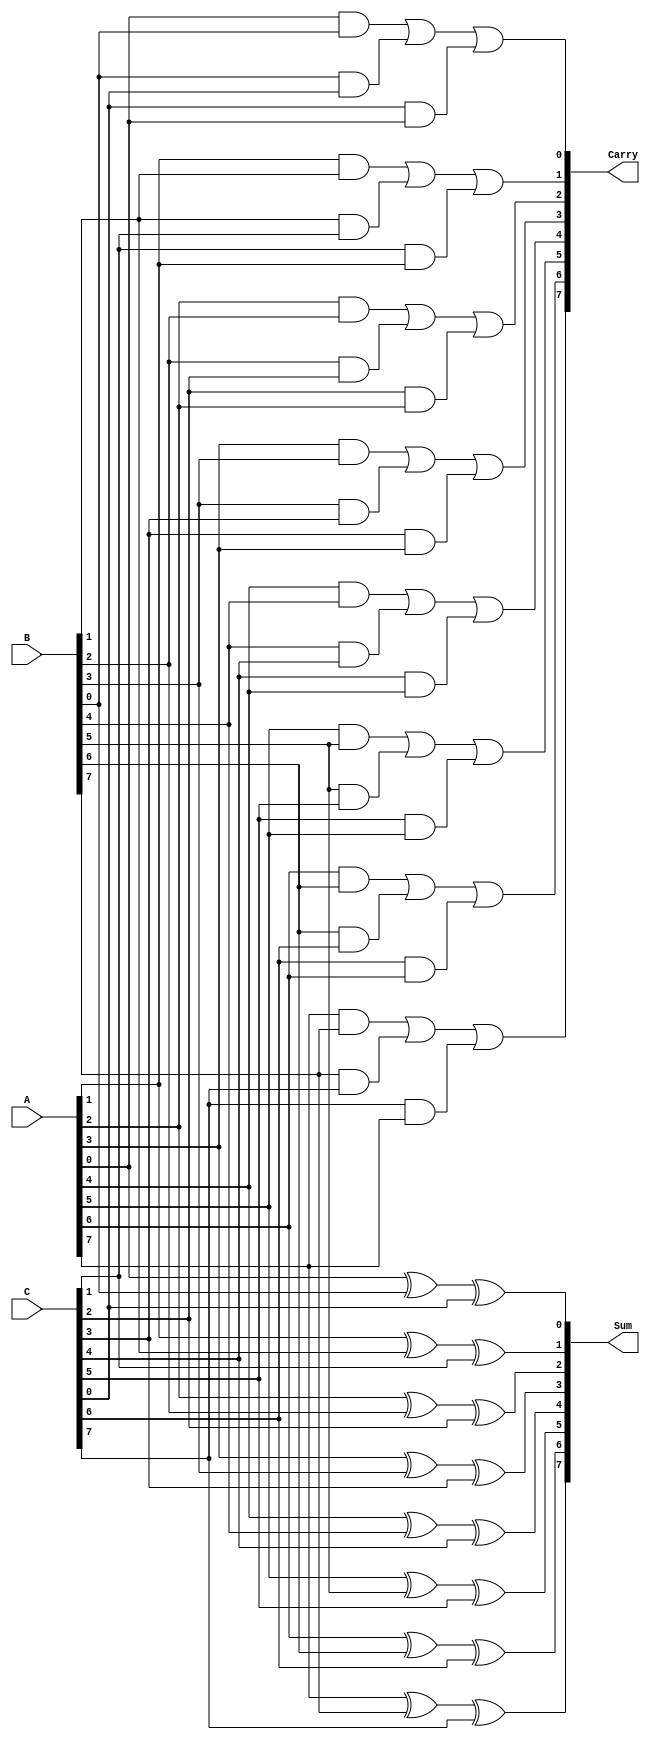
module CarrySaveAdder #(
    parameter N = 8  // This defines the bit width of the inputs/outputs. Change as needed.
)(
    input  wire [N-1:0] A,  // First operand
    input  wire [N-1:0] B,  // Second operand
    input  wire [N-1:0] C,  // Third operand
    output wire [N-1:0] Sum, // Sum output
    output wire [N-1:0] Carry // Carry output
);

    // Generate the Sum and Carry outputs
    genvar i;
    generate
        for (i = 0; i < N; i = i + 1) begin : cs_adder
            assign Sum[i]   = A[i] ^ B[i] ^ C[i];                    // Sum calculation
            assign Carry[i] = (A[i] & B[i]) | (B[i] & C[i]) | (C[i] & A[i]); // Carry calculation
        end
    endgenerate

endmodule